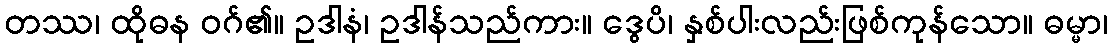
တဿ၊ ထိုဓန ဝဂ်၏။ ဥဒါနံ၊ ဥဒါန်သည်ကား။ ဒွေပိ၊ နှစ်ပါးလည်းဖြစ်ကုန်သော။ ဓမ္မာ၊